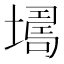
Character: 𡑏